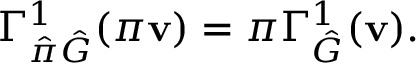
\Gamma _ { \hat { \pi } \hat { G } } ^ { 1 } ( \pi \mathbf { v } ) = \pi \Gamma _ { \hat { G } } ^ { 1 } ( \mathbf { v } ) .